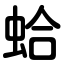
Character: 蛤